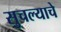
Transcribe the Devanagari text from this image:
सुचल्याचे